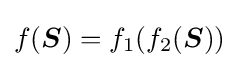
f({\boldsymbol {S}})=f_{1}(f_{2}({\boldsymbol {S}}))